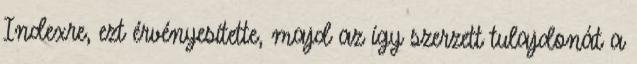
Indexre, ezt érvényesítette, majd az így szerzett tulajdonát a